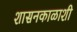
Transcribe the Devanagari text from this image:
शासनकाळाशी